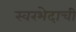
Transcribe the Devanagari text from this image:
स्वरभेदाची